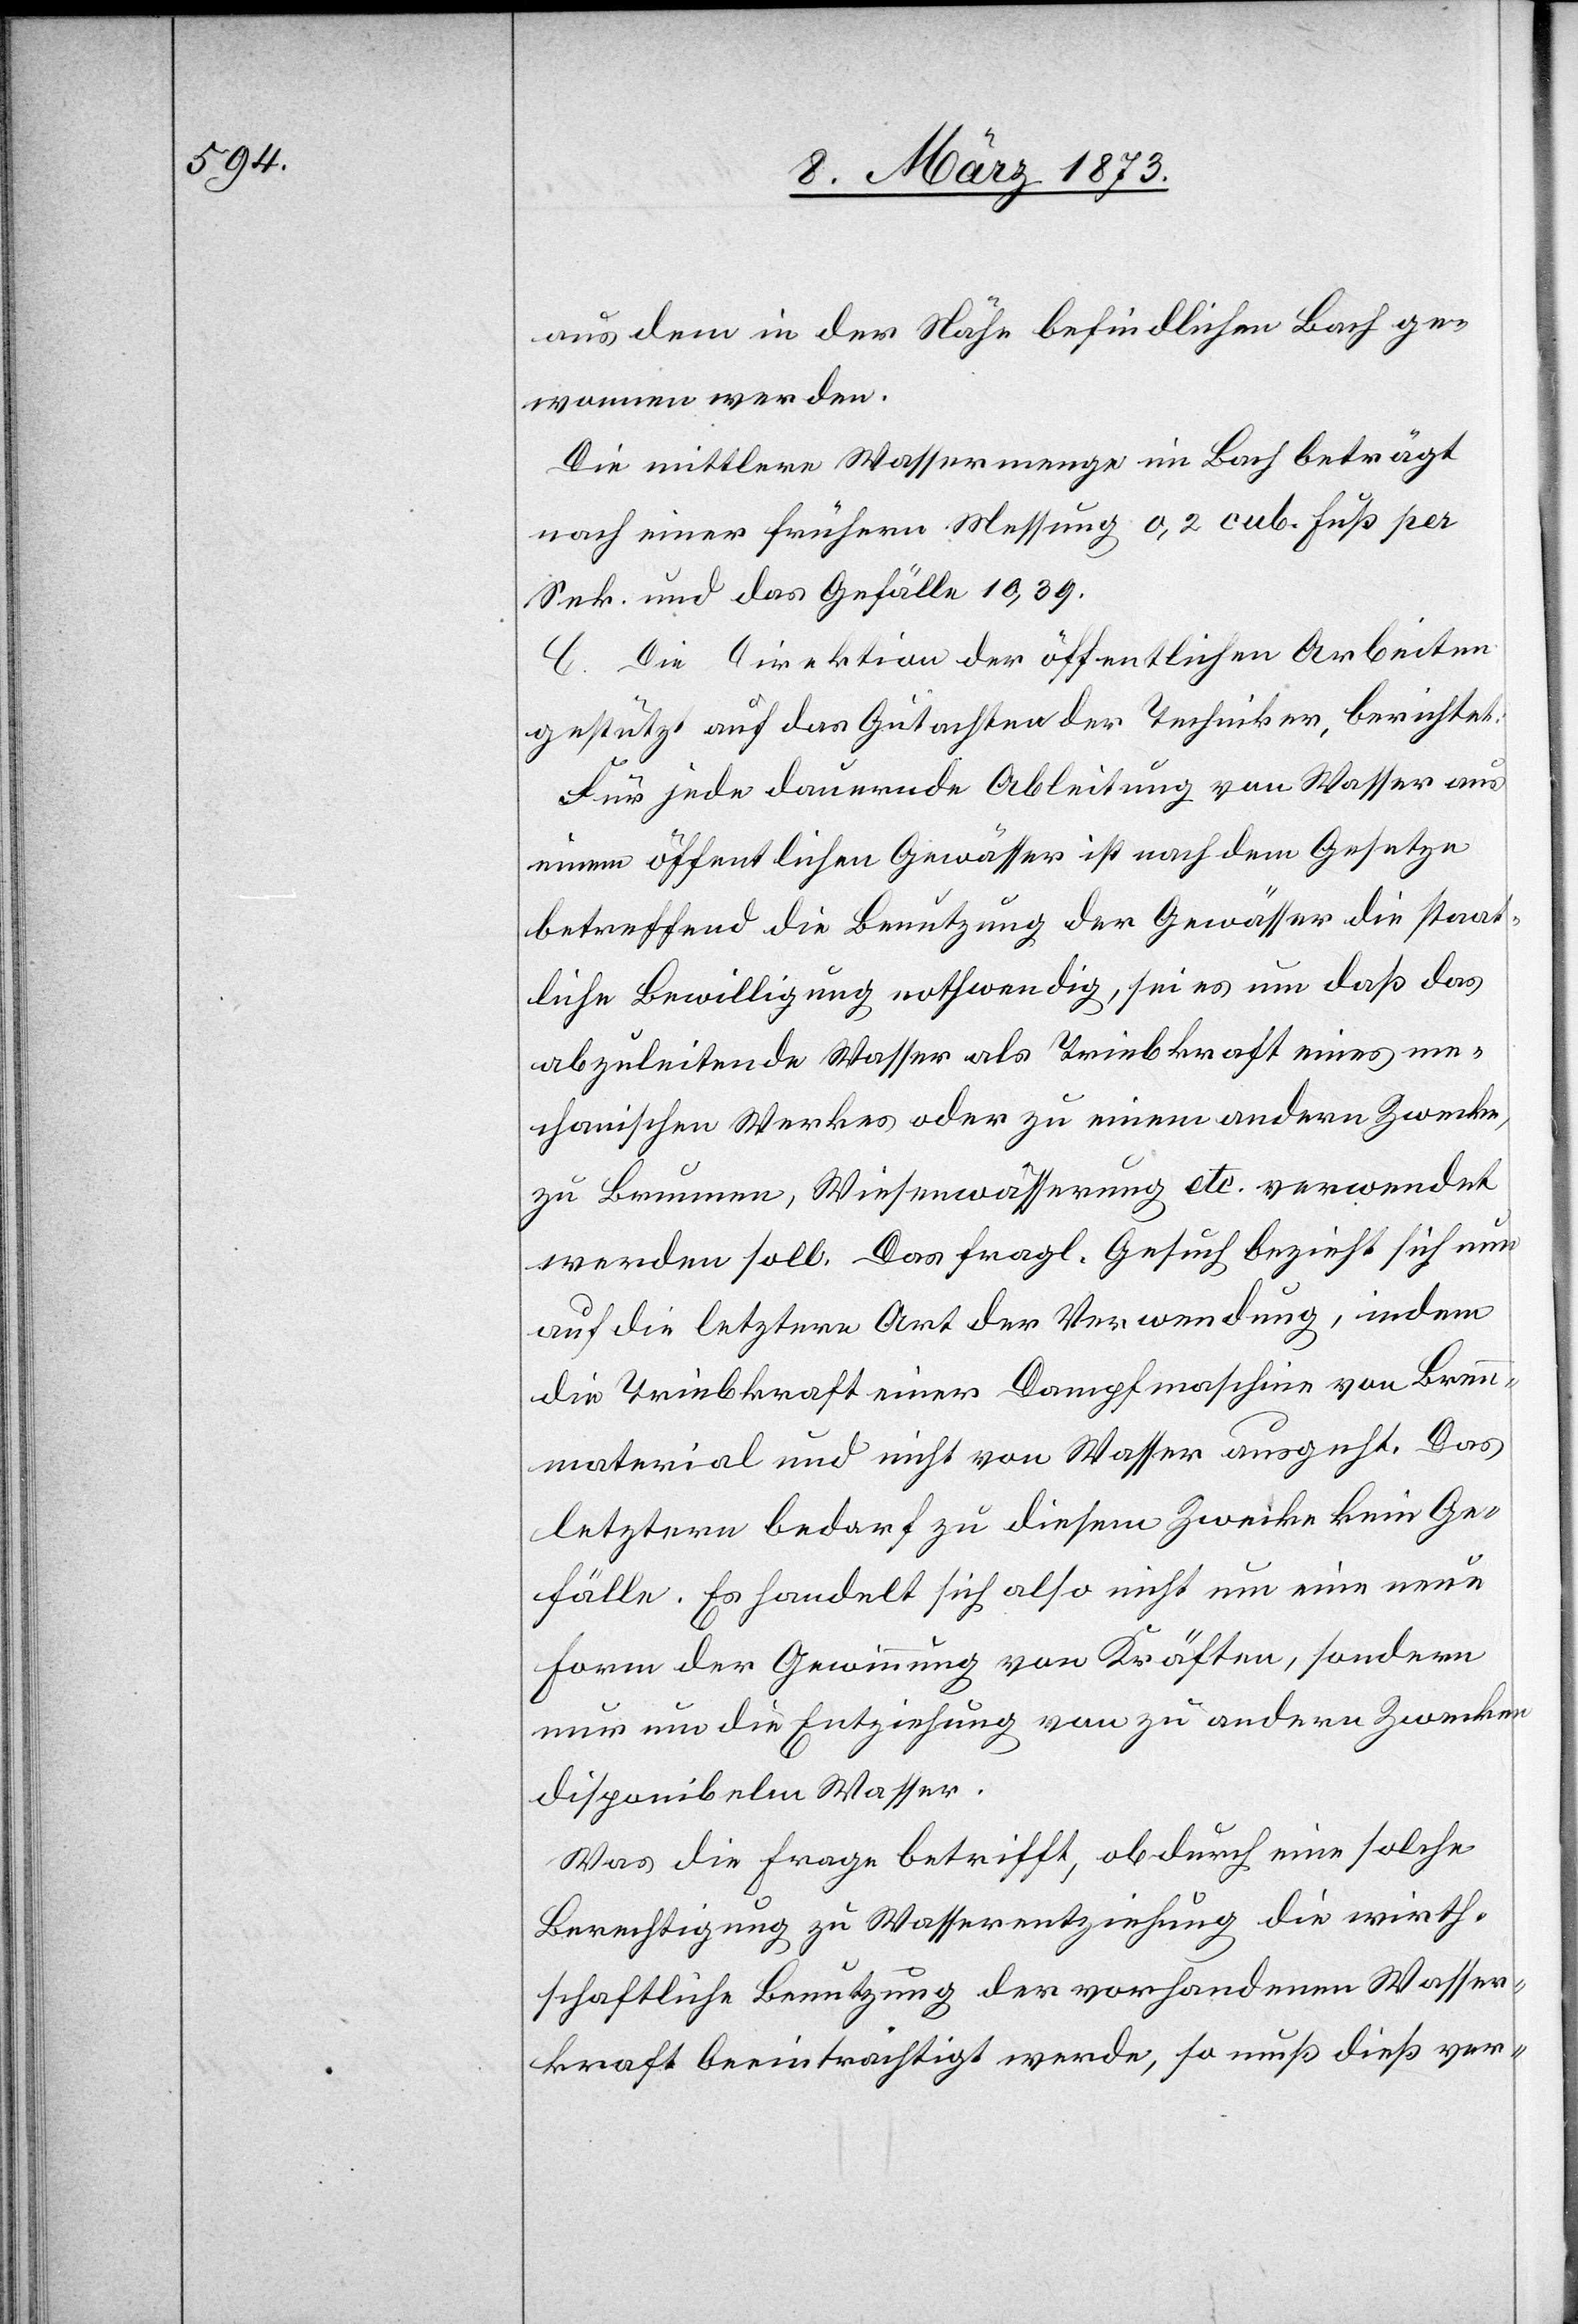
aus dem in der Stäfa befindlichen Bach ge¬
wonnen werden.
Die mittlere Wassermenge im Bach beträgt
nach einer frühern Messung 0,2 cub. Fuß per
Sek. und das Gefälle 10,39.
C. Die Direktion der öffentlichen Arbeiten[,]
gestützt auf das Gutachten der Techniker, berichtet:
Für jede dauernde Ableitung von Wasser aus
einem öffentlichen Gewässer ist nach dem Gesetze
betreffend die Benutzung der Gewässer die staat¬
liche Bewilligung nothwendig, sei es um daß das
abzuleitende Wasser als Triebkraft eines me¬
chanischen Werkes oder zu einem andern Zwecke,
zu Brunnen, Wiesenwässerung etc. verwendet
werden soll. Das fragl. Gesuch bezieht sich nun
auf die letztere Art der Verwendung, indem
die Triebkraft einer Dampfmaschine von Brenn¬
material und nicht von Wasser ausgeht. Das
letztere bedarf zu diesem Zwecke kein Ge¬
fälle. Es handelt sich also nicht um eine neue
Form der Gewinnung von Kräften, sondern
nur um die Entziehung von zu andern Zwecken
disponibelm Wasser.
Was die Frage betrifft, ob durch eine solche
Berechtigung zu Wasserentziehung die wirth¬
schaftliche Benutzung der vorhandenen Wasser¬
kraft beeinträchtigt werde, so muß dieß ver-